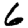
Digit: 6